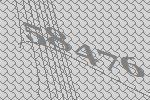
58476